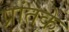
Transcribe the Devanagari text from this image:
प्रांतके